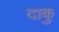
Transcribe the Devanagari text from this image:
दाकु